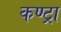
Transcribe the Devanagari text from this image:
कण्ट्रा